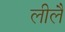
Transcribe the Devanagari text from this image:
लीलै